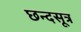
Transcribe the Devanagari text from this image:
छन्दसूत्र